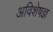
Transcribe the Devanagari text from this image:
अविशेषज्ञ